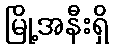
မြို့အနီးရှိ